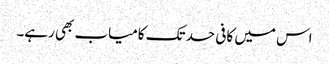
اس میں کافی حد تک کامیاب بھی رہے۔